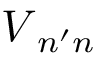
\boldsymbol { V } _ { n ^ { \prime } n }